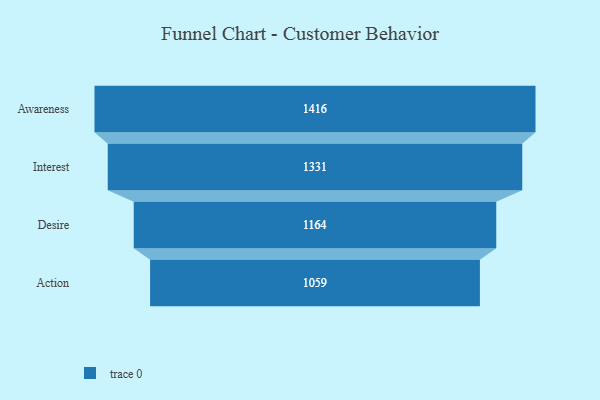
{"axis": {"x": "Stage", "y": "Value"}, "legend": [""], "data": [{"x": "Awareness", "y": 1416.0, "type": ""}, {"x": "Interest", "y": 1331.0, "type": ""}, {"x": "Desire", "y": 1164.0, "type": ""}, {"x": "Action", "y": 1059.0, "type": ""}]}